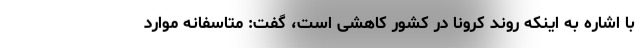
با اشاره به اینکه روند کرونا در کشور کاهشی است، گفت: متاسفانه موارد